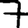
Digit: 7